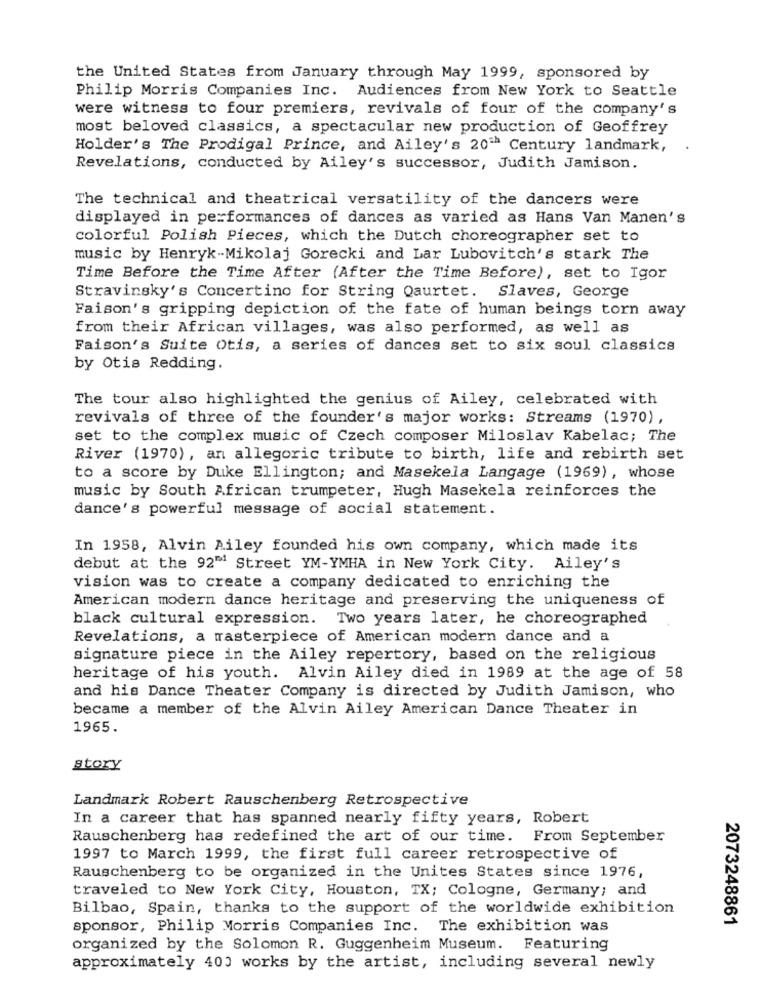
the United States from January through May 1999, sponsored by
Philip Morris Companies Inc. Audiences from New York to Seattle
were witness to four premiers, revivals of four of the company's
most beloved classics, a spectacular new production of Geoffrey
Holder's The Prodigal Prince, and Ailey's 20" Century landmark,
Revelations, conducted by Ailey's successor, Judith Jamison.
The technical and theatrical versatility of the dancers were
displayed in performances of dances as varied as Hans Van Manen's
colorful Polish Pieces, which the Dutch choreographer set to
music by Henryk-Mikolaj Gorecki and Lar Lubovitch's stark The
Time Before the Time After (After the Time Before), set to Igor
Stravinsky's Concertino for String Qaurtet. Slaves, George
Faison's gripping depiction of the fate of human beings torn away
from their African villages, was also performed, as well as
Faison's Suite Otis, a series of dances set to six soul classics
by Otis Redding.
The tour also highlighted the genius of Ailey, celebrated with
revivals of three of the founder's major works: Streams (1970),
set to the complex music of Czech composer Miloslav Kabelac; The
River (1970), an allegoric tribute to birth, life and rebirth set
to a score by Duke Ellington; and Masekela Langage (1969), whose
music by South African trumpeter, Hugh Masekela reinforces the
dance's powerful message of social statement.
In 1958, Alvin Ailey founded his own company, which made its
debut at the 92" Street YM-YMHA in New York City. Ailey's
vision was to create a company dedicated to enriching the
American modern dance heritage and preserving the uniqueness of
black cultural expression. Two years later, he choreographed
Revelations, a masterpiece of American modern dance and a
signature piece in the Ailey repertory, based on the religious
heritage of his youth. Alvin Ailey died in 1989 at the age of 58
and his Dance Theater Company is directed by Judith Jamison, who
became a member of the Alvin Ailey American Dance Theater in
1965.
story
Landmark Robert Rauschenberg Retrospective
In a career that has spanned nearly fifty years, Robert
Rauschenberg has redefined the art of our time. From September
1997 to March 1999, the first full career retrospective of
Rauschenberg to be organized in the Unites States since 1976,
traveled to New York City, Houston, TX; Cologne, Germany; and
Bilbao, Spain, thanks to the support of the worldwide exhibition
2073248861
sponsor, Philip Morris Companies Inc. The exhibition was
organized by the Solomon R. Guggenheim Museum.
Featuring
approximately 400 works by the artist, including several newly